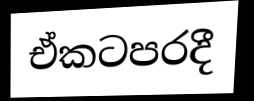
ඒකටපරදී